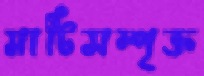
মাটিসম্পৃক্ত